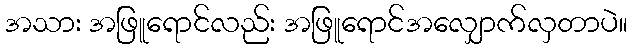
အသား အဖြူရောင်လည်း အဖြူရောင်အလျှောက်လှတာပဲ။